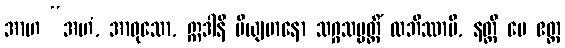
အာဟ “အဟံ, အာဝုသော, ဣဒါနိ မိယျမာနော သဂ္ဂသမ္ပတ္တိံ လဘိဿာမိ, နတ္ထိ မေ ဧတ္ထ